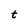
Character: t